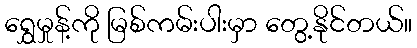
ရွှေမှုန့်ကို မြစ်ကမ်းပါးမှာ တွေ့နိုင်တယ်။